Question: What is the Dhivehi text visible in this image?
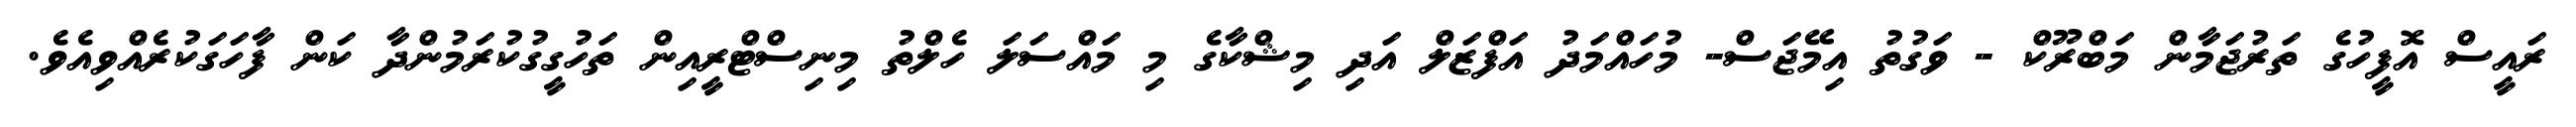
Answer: ރައީސް އޮފީހުގެ ތަރުޖަމާން މަބްރޫކް - ވަގުތު އިމޭޖަސް- މުހައްމަދު އަފްޒަލް އަދި މިޝްކާގެ މި މައްސަލަ ހެލްތު މިނިސްޓްރީއިން ތަހުގީގުކުރަމުންދާ ކަން ފާހަގަކުރެއްވިއެވެ.